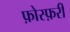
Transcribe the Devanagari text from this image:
फ़ोस्फ़री